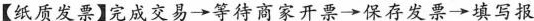
【纸质发票】完成交易 \rightarrow 等待商家开票 \rightarrow 保存发票 \rightarrow 填写报